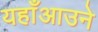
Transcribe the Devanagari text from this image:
यहाँआउने